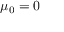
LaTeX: \mu _ { 0 } = 0